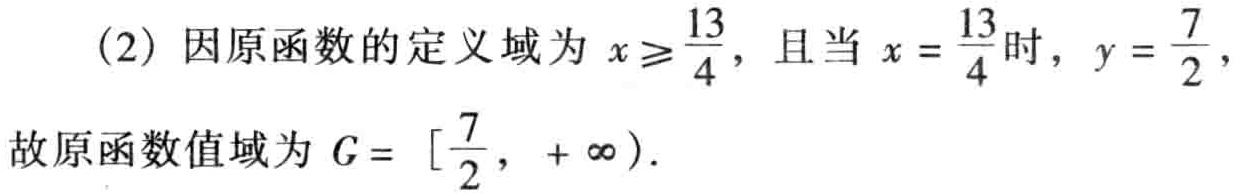
(2) 因原函数的定义域为 \(x\geqslant\frac{13}{4}\)，且当 \(x = \frac{13}{4}\) 时，\(y=\frac{7}{2}\)，

故原函数值域为 \(G = [\frac{7}{2}, +\infty)\)．